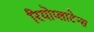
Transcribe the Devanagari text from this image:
रियोप्लाटेन्स